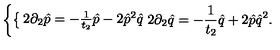
\left\{ \begin{cases} { 2 \partial _ { 2 } \hat { p } = - \frac { 1 } { t _ { 2 } } \hat { p } - 2 \hat { p } ^ { 2 } \hat { q } } \\ { 2 \partial _ { 2 } \hat { q } = - \frac { 1 } { t _ { 2 } } \hat { q } + 2 \hat { p } \hat { q } ^ { 2 } . } \\ \end{cases} \right.